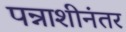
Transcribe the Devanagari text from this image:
पन्नाशीनंतर